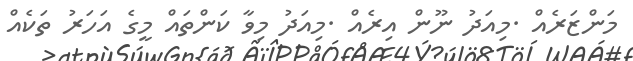
މަންޒަރެއް .މިއަދު ނޫން އިރެއް .މިއަދު މިވާ ކަންތައް މީގެ އަހަރު ތަކެއް